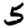
Digit: 5